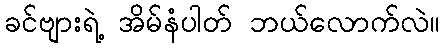
ခင်ဗျားရဲ့ အိမ်နံပါတ် ဘယ်လောက်လဲ။